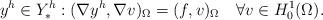
LaTeX: \begin{align*} y^h\in Y_*^h: (\nabla y^h,\nabla v)_\Omega = (f,v)_\Omega \quad\forall v\in H^1_0(\Omega).\end{align*}